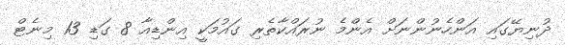
ދުނިޔޭގައި އަންހެނުންނަށް އެންމެ ނުރައްކާތެރި ގައުމަކީ އިންޑިއާ 8 ގަޑި 13 މިނެޓް